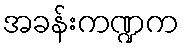
အခန်းကဏ္ဍက